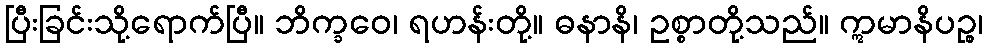
ပြီးခြင်းသို့ရောက်ပြီ။ ဘိက္ခဝေ၊ ရဟန်းတို့။ ဓနာနိ၊ ဥစ္စာတို့သည်။ ဣမာနိပဉ္စ၊